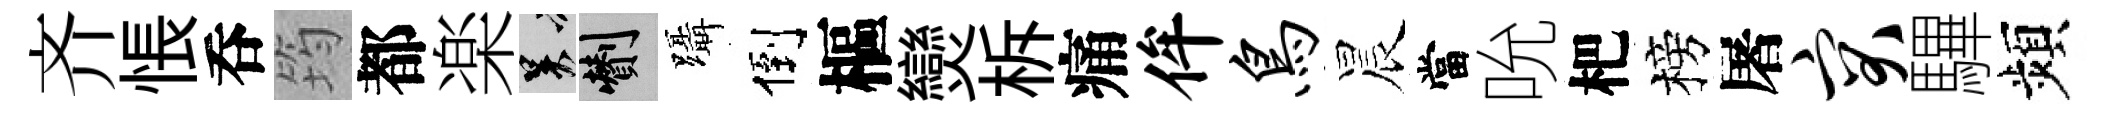
齐悵呑筠都楽吴剪躡倒樞𤓖柝痛侔鸟晨當吮杷榜屠突驆頻